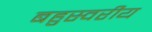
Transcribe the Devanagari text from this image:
बहुस्वरीय